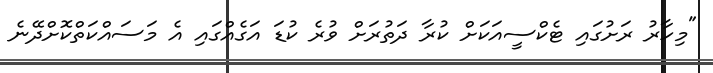
"މިހާރު ރަށުގައި ޓެކްސީއަކަށް ކުރާ ދަތުރަށް ވުރެ ކުޑަ އަގެއްގައި އެ މަސައްކަތްކޮށްދޭނެ